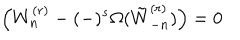
LaTeX: \left( W _ { n } ^ { ( r ) } - ( - ) ^ { s } \Omega ( \tilde { W } _ { - n } ^ { ( r ) } ) \right) = 0